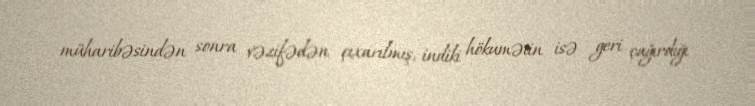
müharibəsindən sonra vəzifədən çıxarılmış, indiki hökumətin isə geri çağırdığı